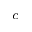
^ c